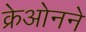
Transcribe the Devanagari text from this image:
क्रेओनने